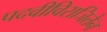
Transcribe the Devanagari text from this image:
पदवीविराजितेन